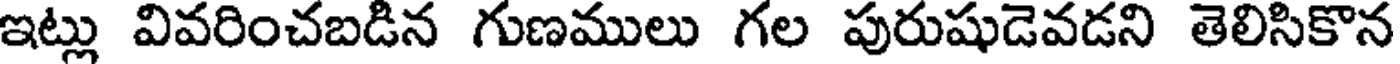
ఇట్లు వివరించబడిన గుణములు గల పురుషుడెవడని తెలిసికొన